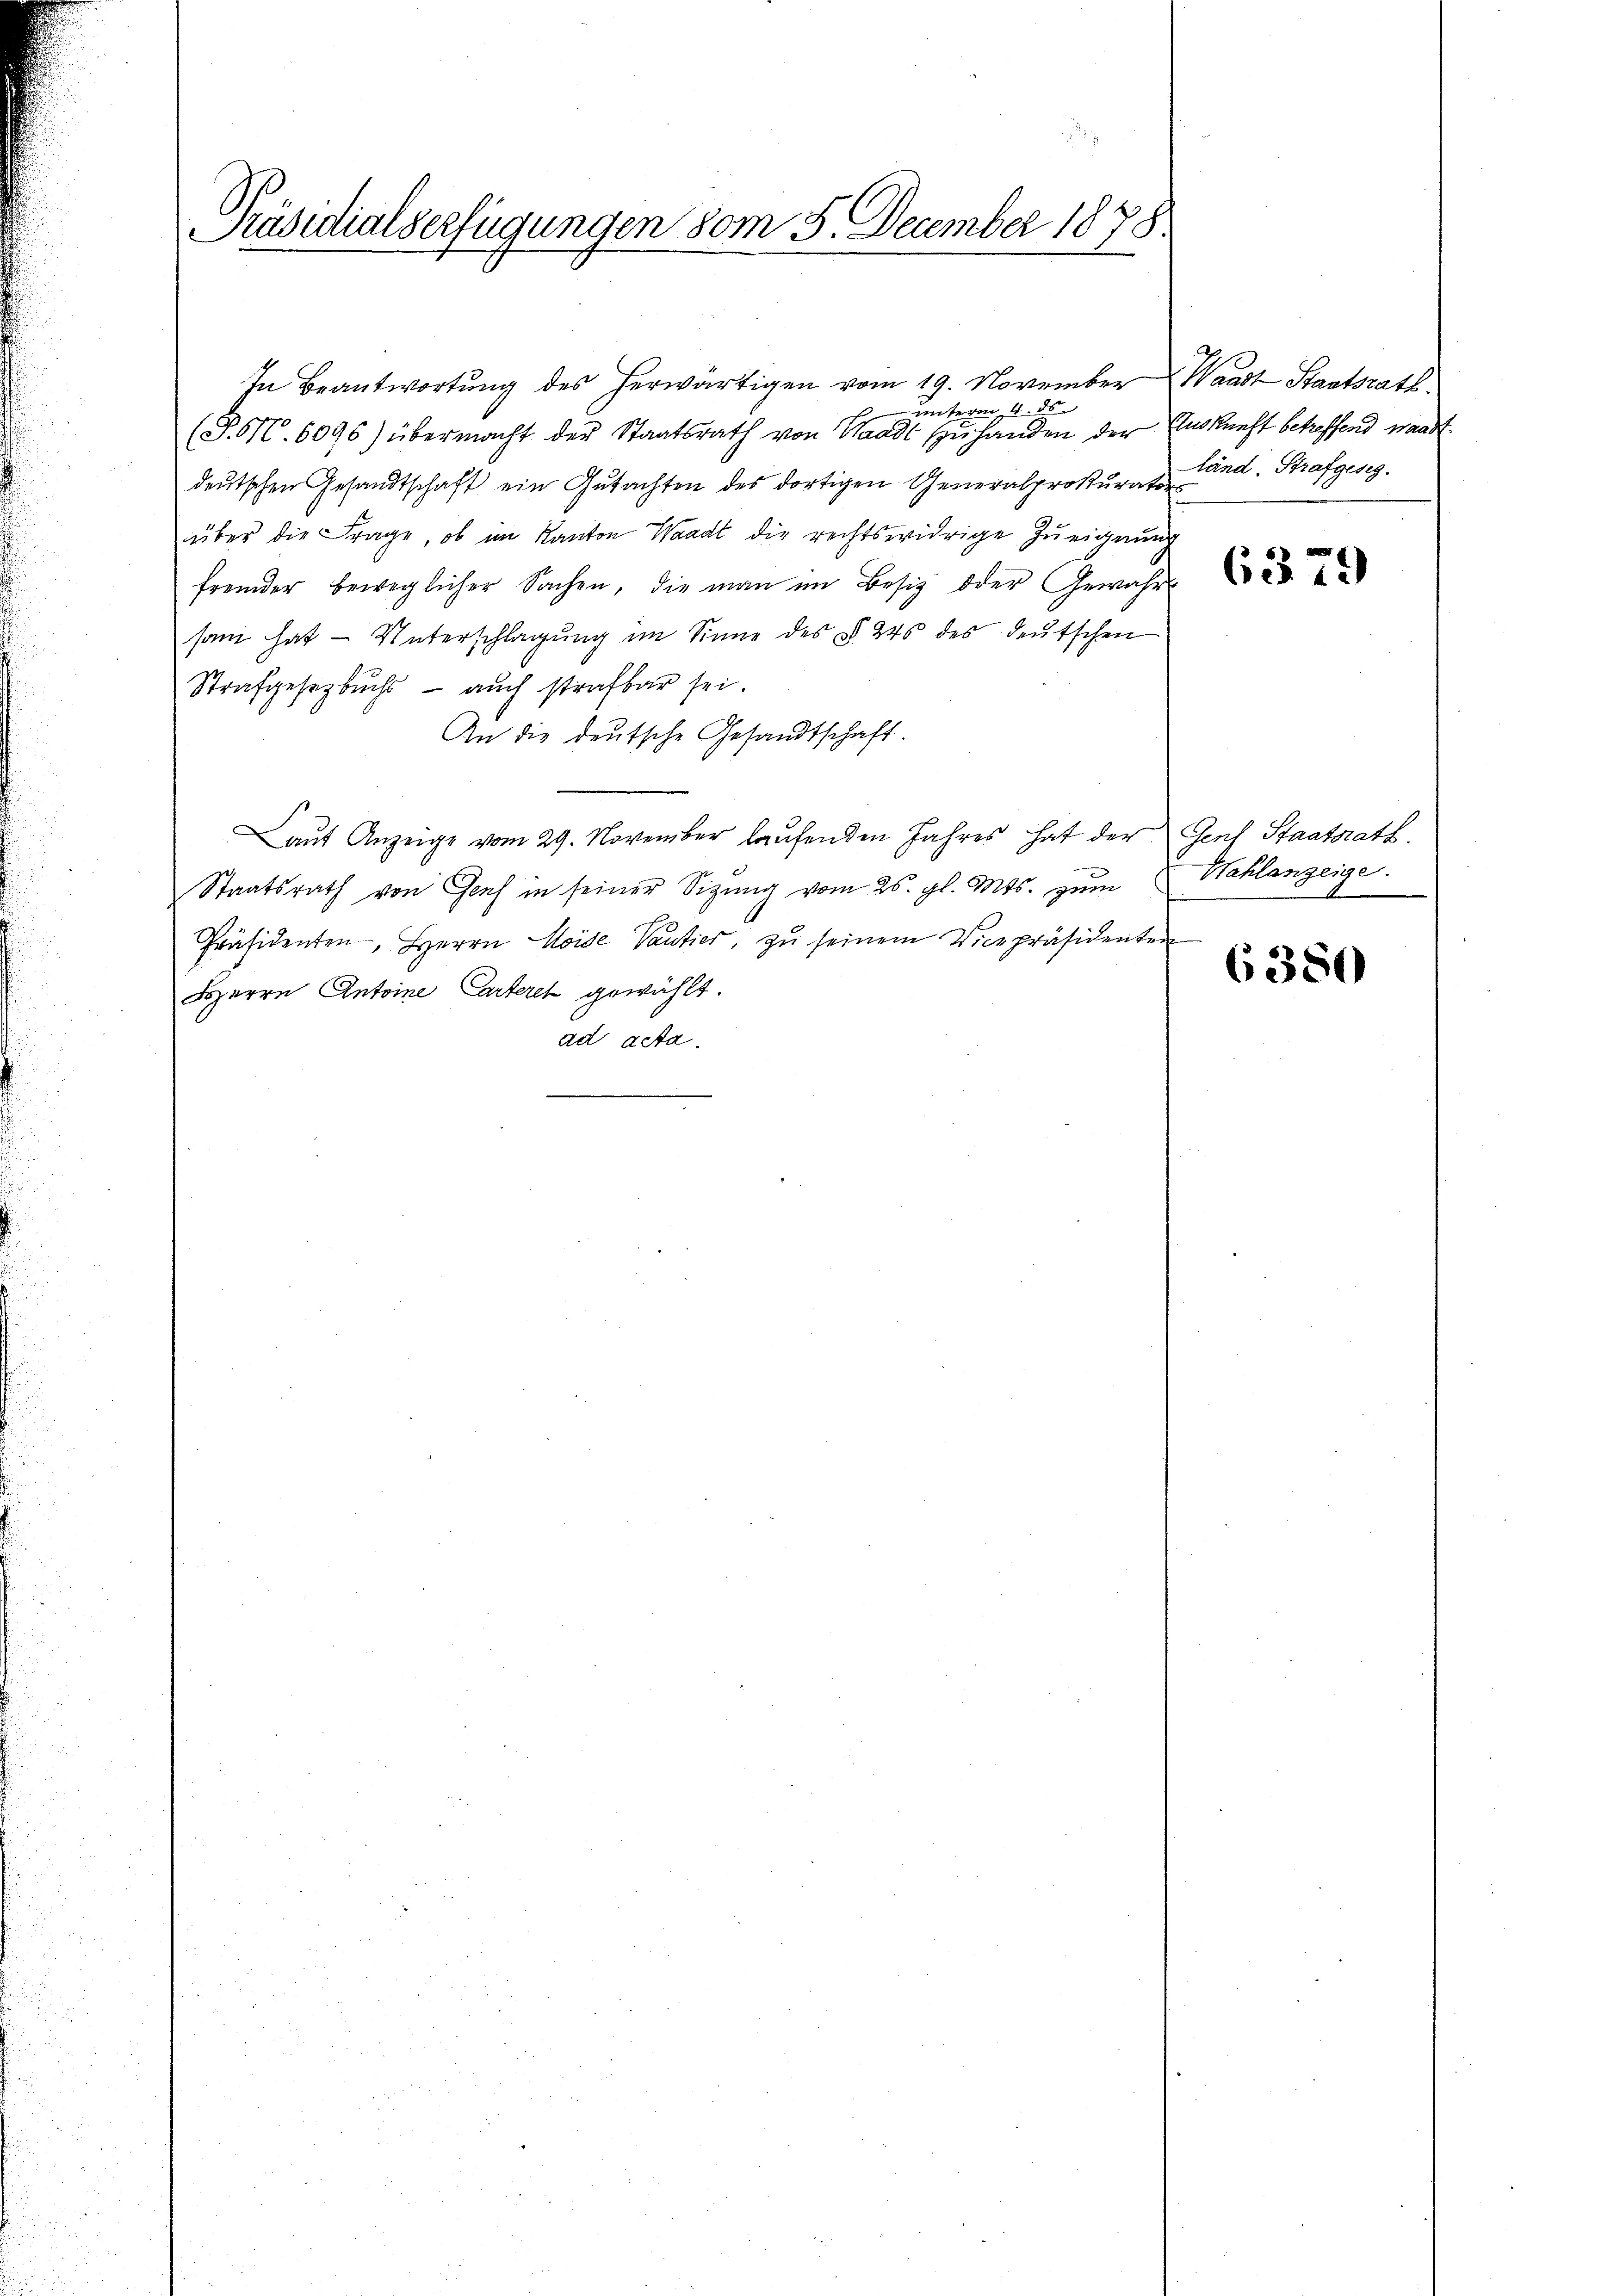
Präsidialserfügungen vom 5. December 1878

unterm 4. ds.
(§. 16. 6096) übermacht der Staatsrath von Waadt zu handen der Auskunft betreffend waadt
deutschen Gesandtschaft ein Gutachten des dortigen Generalprokurator
über die Frage, ob im Kanton Waadt die rechtswidrige Zueignung
fremder beweglicher Sachen, die man im Besiz oder Gewahrs
sam hat — Unterschlagung im Sinne des § 245 des deutschen
Strafgesetzbuchs - auch strafbar sei.
An die deutsche Gesandtschaft.
Laŭt Anzeige vom 29. November laŭfenden Jahres hat der Genf Staatsrath.
Staatsrath von Genf in seiner Sizung vom 25. gl. Mts. zum
Präsidenten, Herrn Moide Vantier, zŭ seinem Vicepräsidenten
Herrn Antoine Carteret gewählt.
ad acta.

In Beantwortŭng des herwärtigen vom 19. November Waadt Staatsrath

änd. Strafgeseg

6379

Hahlanzeige

6380